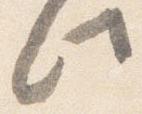
此